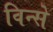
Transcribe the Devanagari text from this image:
विन्से